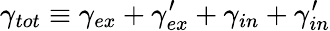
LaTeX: \gamma_{tot}\equiv\gamma_{ex}+\gamma_{ex}^{\prime}+\gamma_{in}+\gamma_{in}^{\prime}